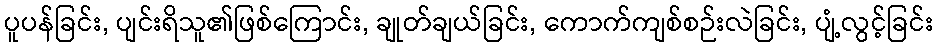
ပူပန်ခြင်း, ပျင်းရိသူ၏ဖြစ်ကြောင်း, ချုတ်ချယ်ခြင်း, ကောက်ကျစ်စဉ်းလဲခြင်း, ပျံ့လွင့်ခြင်း